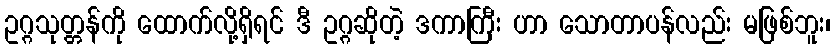
ဥဂ္ဂသုတ္တန်ကို ထောက်လို့ရှိရင် ဒီ ဥဂ္ဂဆိုတဲ့ ဒကာကြီး ဟာ သောတာပန်လည်း မဖြစ်ဘူး၊